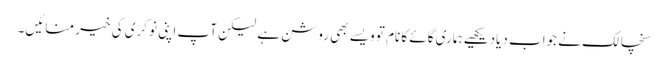
سنچالک نے جواب دیادیکھیے ہماری گائے کا نام تو ویسے بھی روشن ہے لیکن آپ اپنی نوکری کی خیر منائیں۔